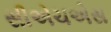
સીએચએસ